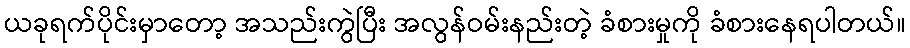
ယခုရက်ပိုင်းမှာတော့ အသည်းကွဲပြီး အလွန်ဝမ်းနည်းတဲ့ ခံစားမှုကို ခံစားနေရပါတယ်။